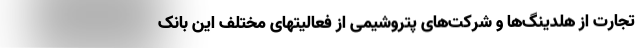
تجارت از هلدینگ‌ها و شرکت‌های پتروشیمی از فعالیتهای مختلف این بانک